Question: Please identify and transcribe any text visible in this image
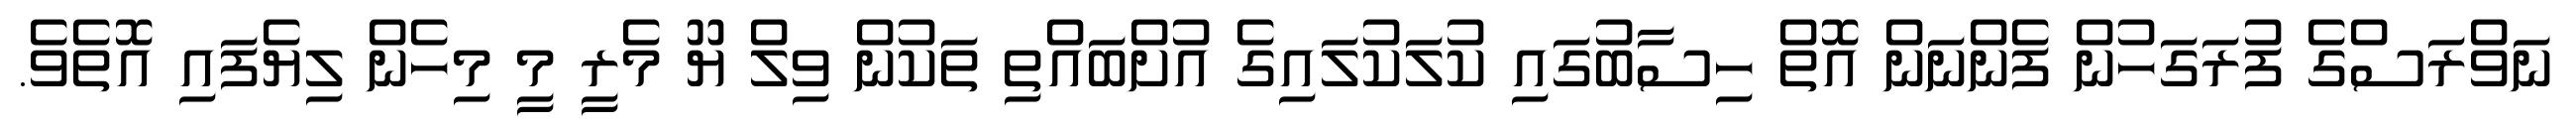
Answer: ނަވްރަސްގެ ފުރަގަހުން ފެންނަން އޮތް ހިސާބުގައި ކުލަކުލައިގެ އުށްބައްތި ތަކުން ވިލް ޔޫ މެރީ މީ މިހެން ލިޔެފައި އޮތެވެ.